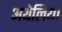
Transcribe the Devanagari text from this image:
अथेलिया